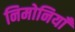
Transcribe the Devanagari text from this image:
निमोनियाँ